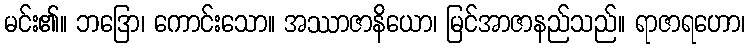
မင်း၏။ ဘဒြော၊ ကောင်းသော။ အဿာဇာနိယော၊ မြင်အာဇာနည်သည်။ ရာဇာရဟော၊